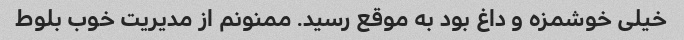
خیلی خوشمزه و داغ بود به موقع رسید. ممنونم از مدیریت خوب بلوط